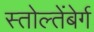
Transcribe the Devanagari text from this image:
स्तोल्तेंबेर्ग